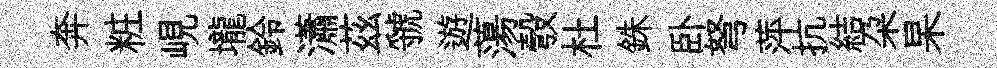
奔粧峴壠鈴瀟茲虢遊蕩彀杜銖卧弩萍抗結朶杲